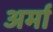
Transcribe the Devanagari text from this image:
अर्मा